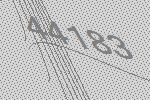
44183